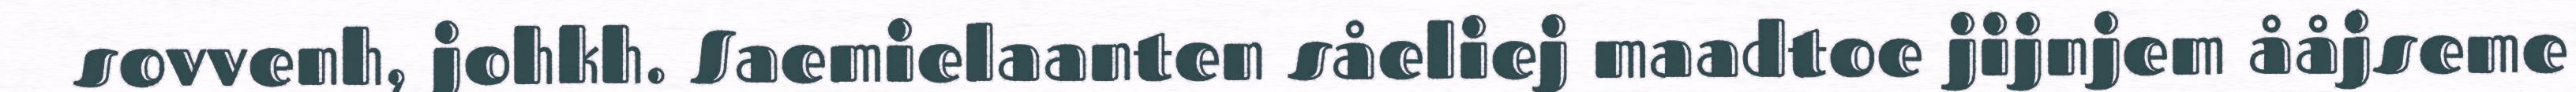
sovvenh, johkh. Saemielaanten såeliej maadtoe jijnjem ååjseme